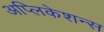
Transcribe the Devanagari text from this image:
अप्लिकेशन्स